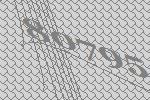
80795